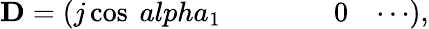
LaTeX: \mathrm{\mathbf D=\left(\begin{array}{llllll}{j\cos\ alpha_{1}}&{}&{}&{}&{0}&{\cdots}\end{array}\right),}